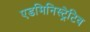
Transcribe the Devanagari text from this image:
एडमिनिस्ट्रेटिव